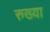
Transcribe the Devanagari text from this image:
रुख्या